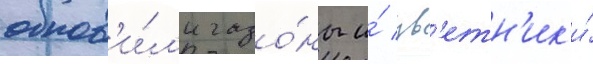
обнов'и́л'и газо́ны и́ цв'етн'ик'и́